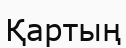
Қартың